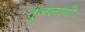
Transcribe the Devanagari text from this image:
तुजलागी